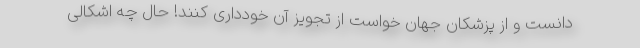
دانست و از پزشکان جهان خواست از تجویز آن خودداری کنند! حال چه اشکالی